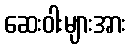
ဆေးဝါးများအား